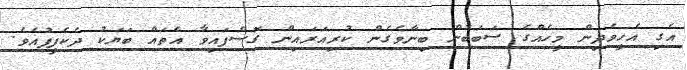
އެގި އެހީވެދިން މީހެއްގެ ސަބަބުން ބިނާވެގެން ކުރިއަރައިން ގޮސްފައިވާ އެތައް ބަޔަކު ދެކެފީފުއެވެ.